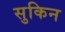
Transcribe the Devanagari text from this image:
सुकिन